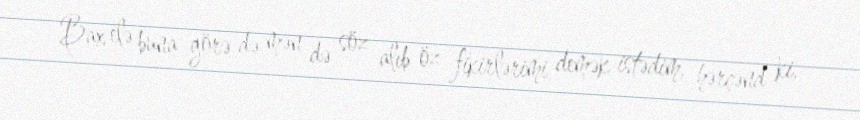
Bax elə buna görə də mən də söz alıb öz fikirlərimi demək istədim, hərçənd ki,